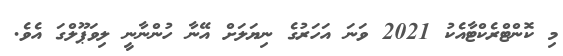
މި ކޮންޓްރެކްޓާއެކު 2021 ވަނަ އަހަރުގެ ނިޔަލަށް އޭނާ ހުންނާނީ ލިވަޕޫލްގަ އެވެ.